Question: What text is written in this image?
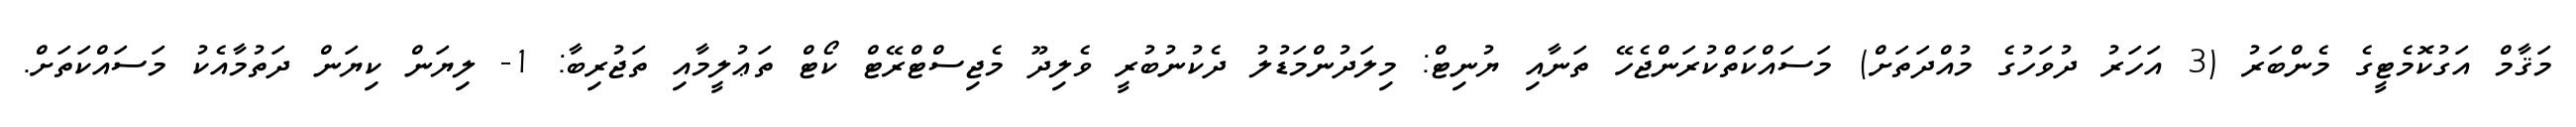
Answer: މަޤާމް އަގުކޮމެޓީގެ މެންބަރު (3 އަހަރު ދުވަހުގެ މުއްދަތަށް) މަސައްކަތްކުރަންޖެހޭ ތަނާއި ޔުނިޓް: މިލަދުންމަޑުލު ދެކުނުބުރީ ވެލިދޫ މެޖިސްޓްރޭޓް ކޯޓް ތަޢުލީމާއި ތަޖުރިބާ: 1- ލިޔަން ކިޔަން ދަތުމާއެކު މަސައްކަތަށް.